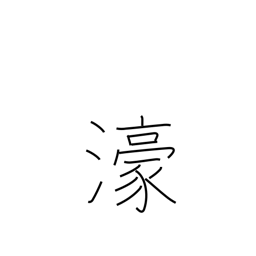
Meaning: Australia